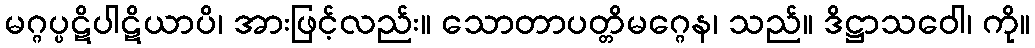
မဂ္ဂပ္ပဋိပါဋိယာပိ၊ အားဖြင့်လည်း။ သောတာပတ္တိမဂ္ဂေန၊ သည်။ ဒိဋ္ဌာသဝေါ၊ ကို။